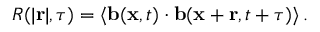
R ( \vert \mathbf { r } \vert , \tau ) = \left< \mathbf { b } ( \mathbf { x } , t ) \cdot \mathbf { b } ( \mathbf { x } + \mathbf { r } , t + \tau ) \right> .